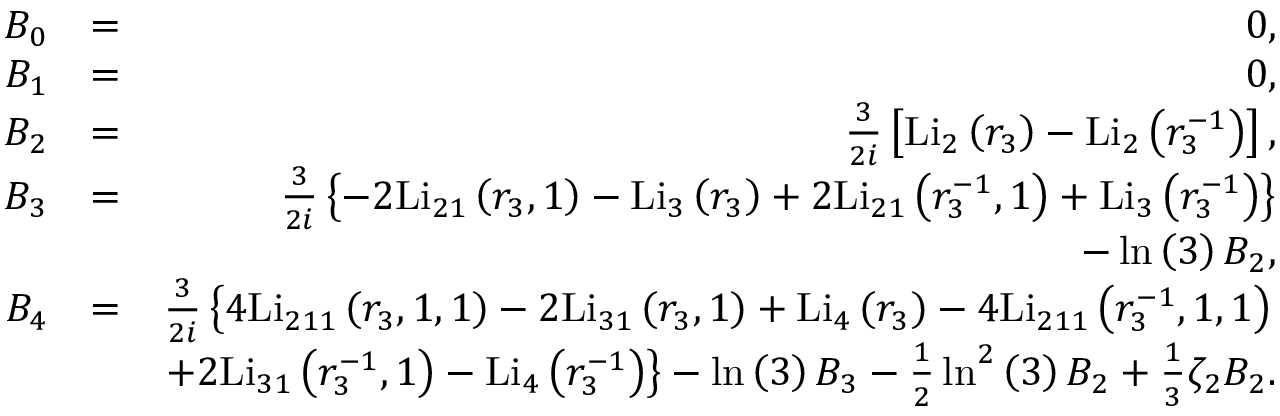
\begin{array} { r l r } { B _ { 0 } } & { = } & { 0 , } \\ { B _ { 1 } } & { = } & { 0 , } \\ { B _ { 2 } } & { = } & { \frac { 3 } { 2 i } \left[ \mathrm { L i } _ { 2 } \left( r _ { 3 } \right) - \mathrm { L i } _ { 2 } \left( r _ { 3 } ^ { - 1 } \right) \right] , } \\ { B _ { 3 } } & { = } & { \frac { 3 } { 2 i } \left\{ - 2 \mathrm { L i } _ { 2 1 } \left( r _ { 3 } , 1 \right) - \mathrm { L i } _ { 3 } \left( r _ { 3 } \right) + 2 \mathrm { L i } _ { 2 1 } \left( r _ { 3 } ^ { - 1 } , 1 \right) + \mathrm { L i } _ { 3 } \left( r _ { 3 } ^ { - 1 } \right) \right\} } \\ & { } & { - \ln \left( 3 \right) B _ { 2 } , } \\ { B _ { 4 } } & { = } & { \frac { 3 } { 2 i } \left\{ 4 \mathrm { L i } _ { 2 1 1 } \left( r _ { 3 } , 1 , 1 \right) - 2 \mathrm { L i } _ { 3 1 } \left( r _ { 3 } , 1 \right) + \mathrm { L i } _ { 4 } \left( r _ { 3 } \right) - 4 \mathrm { L i } _ { 2 1 1 } \left( r _ { 3 } ^ { - 1 } , 1 , 1 \right) \right. } \\ & { } & { \left. + 2 \mathrm { L i } _ { 3 1 } \left( r _ { 3 } ^ { - 1 } , 1 \right) - \mathrm { L i } _ { 4 } \left( r _ { 3 } ^ { - 1 } \right) \right\} - \ln \left( 3 \right) B _ { 3 } - \frac { 1 } { 2 } \ln ^ { 2 } \left( 3 \right) B _ { 2 } + \frac { 1 } { 3 } \zeta _ { 2 } B _ { 2 } . } \end{array}